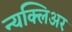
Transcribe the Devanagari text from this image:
न्यक्लिअर